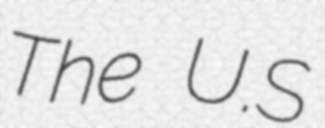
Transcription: The U.S